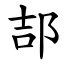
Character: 郆